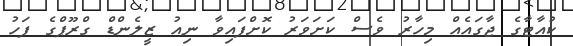
ކުއާޓާގެ ޖާގައެއް މިހާރު ވެސް ކަށަވަރު ކޮށްފައިވާ ނިއު ޒީލެންޑް ގްރޫޕްގެ ފަހު